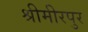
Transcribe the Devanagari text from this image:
श्रीमीरपुर